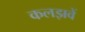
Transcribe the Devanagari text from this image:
कलझवें